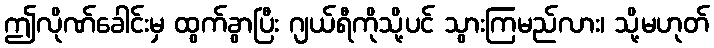
ဤလိုဏ်ခေါင်းမှ ထွက်ခွာပြီး ဂျယ်ရီကိုသို့ပင် သွားကြမည်လား၊ သို့မဟုတ်